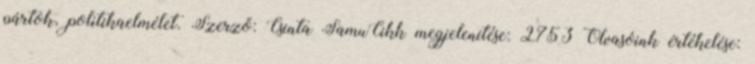
pártok, politikaelmélet. Szerző: Csinta SamuCikk megjelenítése: 2753 Olvasóink értékelése: